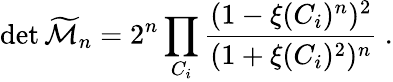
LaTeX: \operatorname*{det}{\widetilde{\cal M}_{n}}=2^{n}\prod_{C_{i}}{\frac{(1-\xi(C_{i})^{n})^{2}}{(1+\xi(C_{i})^{2})^{n}}}~.